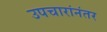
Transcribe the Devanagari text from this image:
उपचारांनंतर